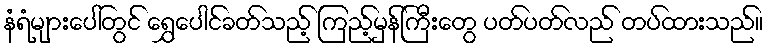
နံရံများပေါ်တွင် ရွှေပေါင်ခတ်သည့် ကြည့်မှန်ကြီးတွေ ပတ်ပတ်လည် တပ်ထားသည်။